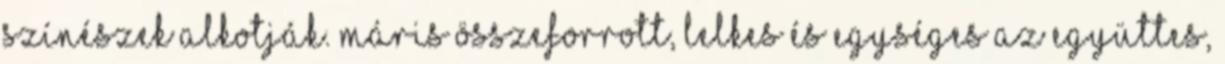
színészek alkotják. Máris összeforrott, lelkes és egységes az együttes,